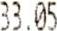
33.05